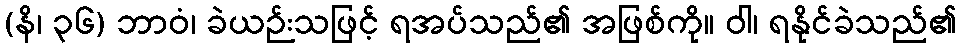
(နိ၊ ၃၆) ဘာဝံ၊ ခဲယဉ်းသဖြင့် ရအပ်သည်၏ အဖြစ်ကို။ ဝါ၊ ရနိုင်ခဲသည်၏